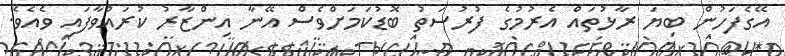
އޭގެފަހުން ބިޔަ ރާޅުތައް އެރުމުގެ ފުރުސަތު ބޮޑުކަމަށްވެސް އޭނާ އިންޒާރު ކުރައްވާފައި ވެއެވެ.